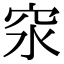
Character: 𥤼